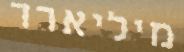
מיליארד